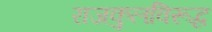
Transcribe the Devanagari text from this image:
राजकुलविरूद्ध